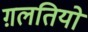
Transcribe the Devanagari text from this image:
ग़लतियो